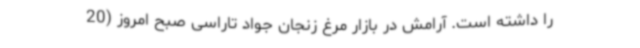
را داشته است. آرامش در بازار مرغ زنجان جواد تاراسی صبح امروز (20